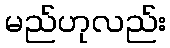
မည်ဟုလည်း